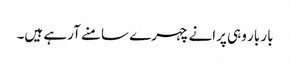
بار بار وہی پرانے چہرے سامنے آرہے ہیں۔